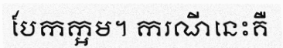
បែកក្អម។ ករណីនេះគឺ